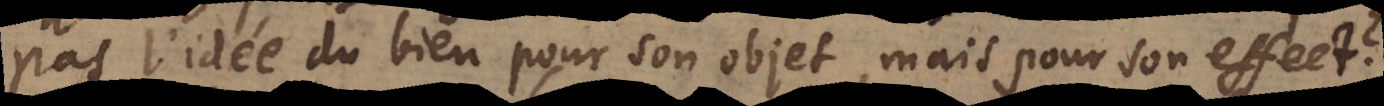
pas l’idée du bien pour son objet, mais pour son effect?